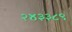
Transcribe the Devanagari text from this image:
२४३३८९